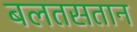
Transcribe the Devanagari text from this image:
बलतसतान